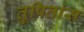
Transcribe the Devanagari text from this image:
तुषितांस